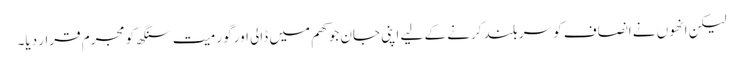
لیکن انھوں نے انصاف کو سربلند کرنے کے لیے اپنی جان جوکھم میں ڈالی اور گورمیت سنگھ کو مجرم قرار دیا۔